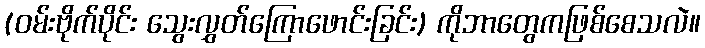
(ဝမ်းဗိုက်ပိုင်း သွေးလွှတ်ကြောဖောင်းခြင်း) ကိုဘာတွေကဖြစ်စေသလဲ။